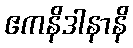
ဧကနိဒါနာနိ